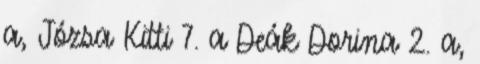
a, Józsa Kitti 7. a Deák Dorina 2. a,